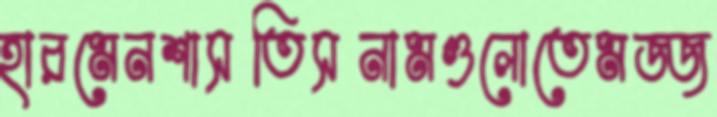
হারমেনশাসতিসনামগুলোতেমজ্জ